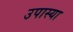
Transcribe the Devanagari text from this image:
उपास्या